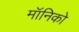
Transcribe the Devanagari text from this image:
मॉनिको